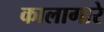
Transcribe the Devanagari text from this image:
कालागारे